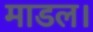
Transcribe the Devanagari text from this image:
माडल।